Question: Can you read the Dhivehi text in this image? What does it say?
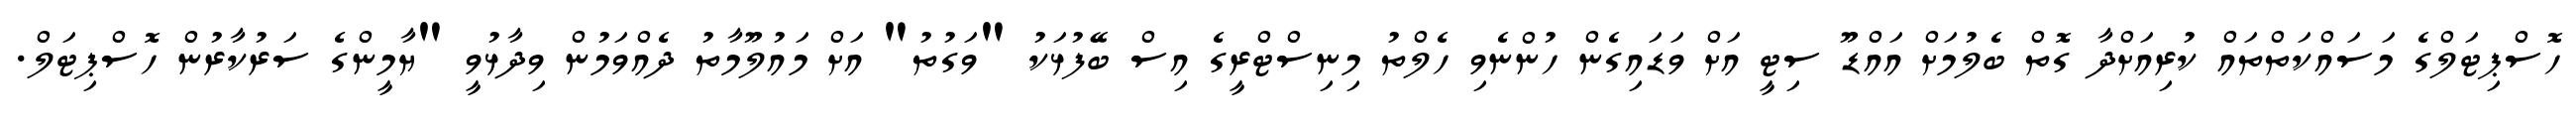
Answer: ހޮސްޕިޓަލްގެ މަސައްކަތްތައް ކުރިއަށްދާ ގޮތް ބެލުމަށް އައްޑޫ ސިޓީ އަށް ވަޑައިގެން ހުންނެވި ހެލްތު މިނިސްޓްރީގެ އިސް ބޭފުޅަކު "ވަގުތު" އަށް މައުލޫމާތު ދެއްވަމުން ވިދާޅުވީ "ޔާމީންގެ ސަރުކާރުން ހޮސްޕިޓަލް.